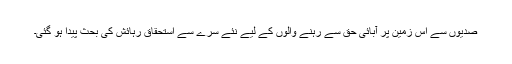
صدیوں سے اس زمین پر آبائی حق سے رہنے والوں کے لیے نئے سرے سے استحقاقِ رہائش کی بحث پیدا ہو گئی۔